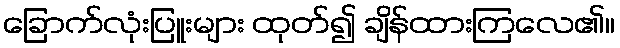
ခြောက်လုံးပြူးများ ထုတ်၍ ချိန်ထားကြလေ၏။